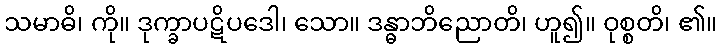
သမာဓိ၊ ကို။ ဒုက္ခာပဋိပဒေါ၊ သော။ ဒန္ဓာဘိညောတိ၊ ဟူ၍။ ဝုစ္စတိ၊ ၏။